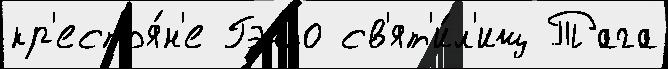
кр'естья́н'е Гэнко св'ят'и́л'ищ Тага